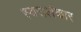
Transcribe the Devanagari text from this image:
स्वरालंकार